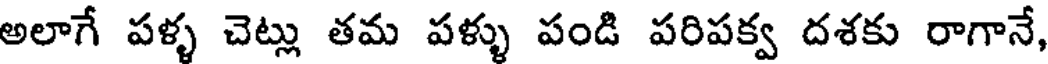
అలాగే పళ్ళ చెట్లు తమ పళ్ళు పండి పరిపక్వ దశకు రాగానే,